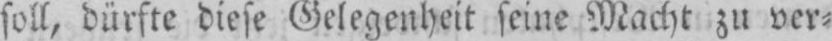
soll, dürfte diese Gelegenheit seine Macht zu ver⸗